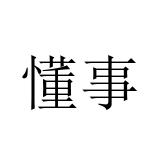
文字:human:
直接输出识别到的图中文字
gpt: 懂事